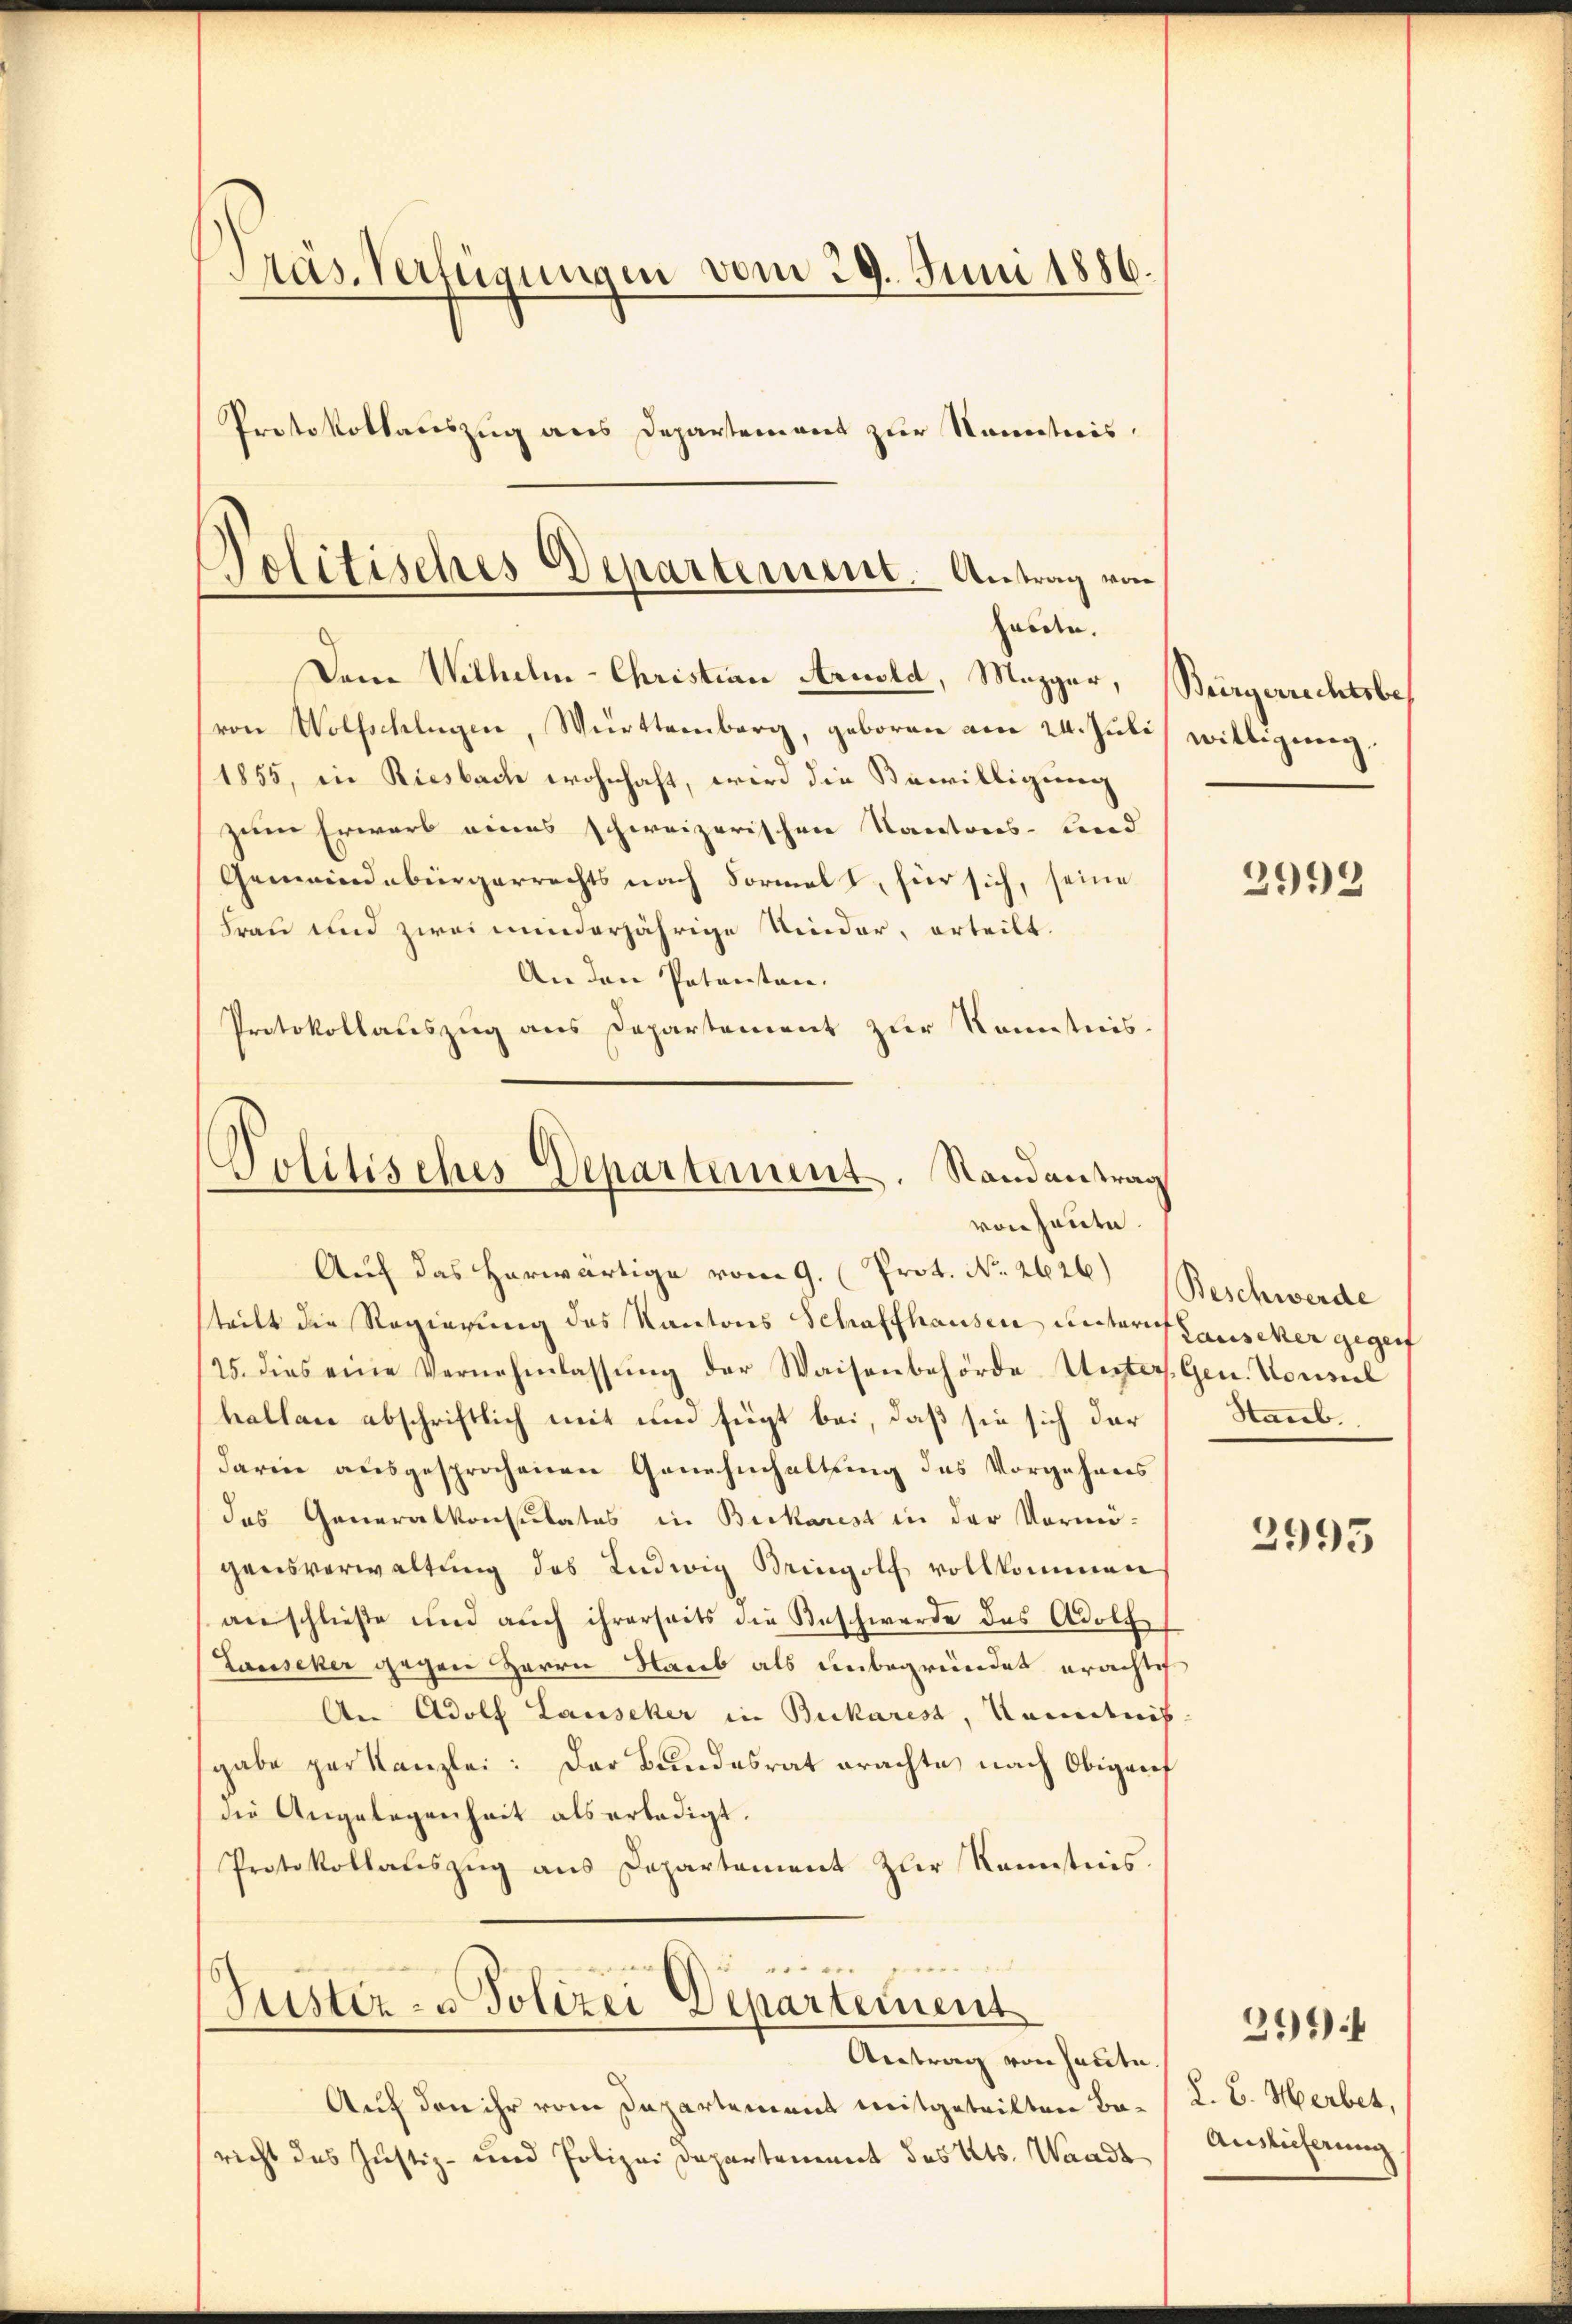
Präs. Verfügungen vom 29. Juni 1886.
Protokollauszug aus Departement zur Kenntnis.

Dem Wilhelm-Christian Arnold, Magger, Bürgerrechtsbes
von Wolfschlügen, Württemberg, geboren am 24. Juli
1855, in Riesbache wohnhaft, wird die Bewilligung
zum Erwarb eines schweizerischen Kantons- und
Gemeindebürgerrechts nach Formalt, für sich, seine
Frau und zwei minderjährige Nieder, erteilt.
An den Patenten.
Protokollauszug aus Departement zur Kenntnis.
Auf das herwärtige vom 9. (Prot. No. 2626)
teilt die Regierung des Kantons Schaffhausen untern Lauscher gegenf
25. dies eine Vernehmlassŭng der Waisenbehörde Unters. Gen. Nonnel
kallan abschriftlich mit um fügt bei, daß sie sich der
darin ausgesprochenen Genehmhaltung des Vorgehens
das Generalkonsulates in Bickarest in der Vermögensverwaltung des Ludwig Bringolf vollkommen
anschließe und auch ihrerseits die Beschwerde des Adolche
Lauseker gegen Herrn Raub als unbegründet erachlich
An Adolf Lauseker in Bukarest, Kenntnis
gabe per Kanzlei: Der Bundesrat erachte nach Obigenf
die Angelegenheit als erledigt.
Protokollauszug aus Departement zur Kannstens.
 er w
Justiz- & Polizei Departement
Antrag von sacite
Auf den ihr vom Departement mitgeteilten Bericht des Justiz- und Polizei Departement des Kts. Waadt

Politisches Departement. Antrag von
halden.

Politisches Departement. Randantrag
von heute.

willigung.

2993

Beschwerde
Staub.

2995

§. C. Herbet,
Auslieferung

2)*)